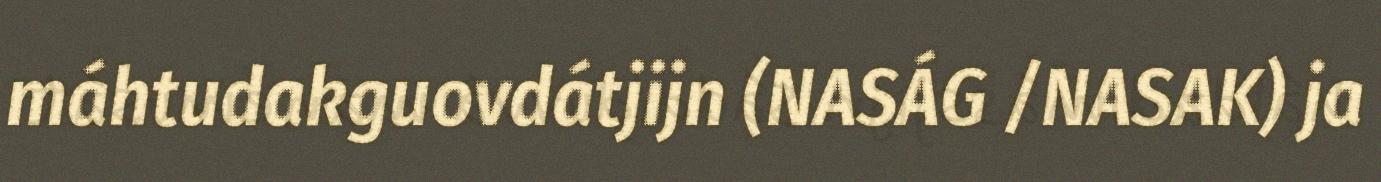
máhtudakguovdátjijn (NASÁG /NASAK) ja